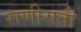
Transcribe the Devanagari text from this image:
राणीसती